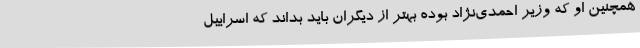
همچنین او که وزیر احمدی‌نژاد بوده بهتر از دیگران باید بداند که اسراییل